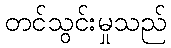
တင်သွင်းမှုသည်